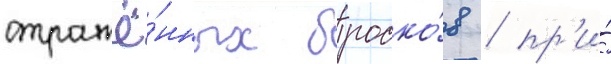
отражё́нных броско́в / пр'и́